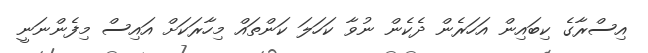
އިސްރާގެ ކިބައިން އަހަރެން ދެކެން ނުވާ ކަހަލަ ކަންތައް މިހާރަކަށް އައިސް މިފެންނަނީ